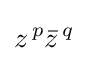
z^{\,p}{\bar {z}}^{\,q}